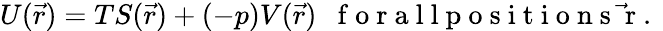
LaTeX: U(\vec{r})=TS(\vec{r})+(-p)V(\vec{r})\enspace\mathrm{~f~o~r~a~l~l~p~o~s~i~t~i~o~n~s~\vec{~}r~.~}